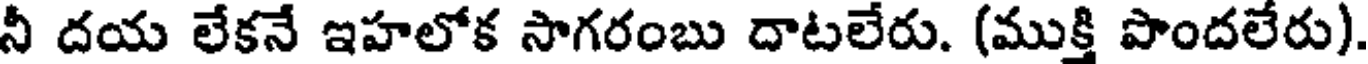
నీ దయ లేకనే ఇహలోక సాగరంబు దాటలేరు. (ముక్తి పొందలేరు)